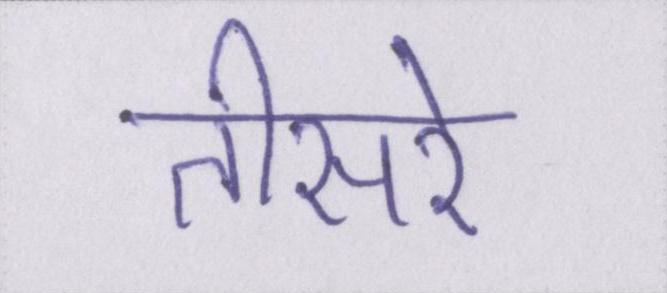
तीसरे